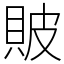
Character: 貱